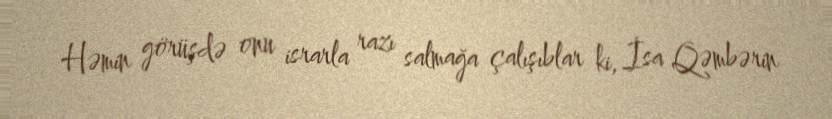
Həmin görüşdə onu israrla razı salmağa çalışıblar ki, İsa Qəmbərin